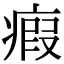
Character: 瘕